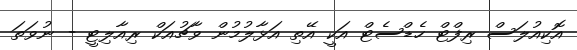
އޮކިއުލަސް ރިފްޓް ހެޑްސެޓް އަކީ އޭތި އަޅާލުމުން ވާޗުއަކް ރިއާލިޓީ - ނުވަތަ